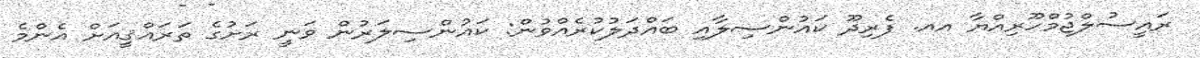
ރައީސުލްޖުމްހޫރިއްޔާ އއ. ފެރިދޫ ކައުންސިލާއި ބައްދަލުކުރެއްވުން: ކައުންސިލަރުން ވަނީ ރަށުގެ ތަރައްޤީއަށް އެންމެ